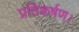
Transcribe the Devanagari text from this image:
प्रतिकर्षण।